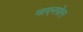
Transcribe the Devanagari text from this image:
वाएनपोल